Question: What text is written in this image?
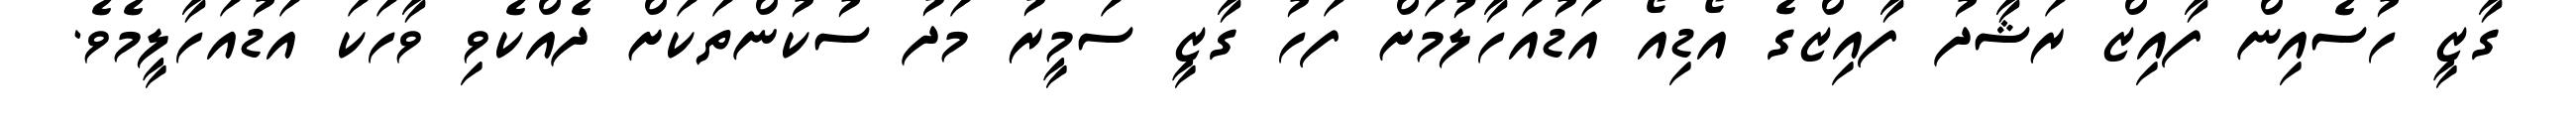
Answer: ގާޒީ ހުސެއިން ފާއިޒް ރަޝާދު ފާއިޒްގެ އޯޑިއޯ އަޑުއަހާލުމަށް ފަހު ގާޒީ ސަމީރު މަދު ސުކުންތަކަށް ދެއްކެވި ވާހަކަ އަޑުއަހާލީމެވެ.